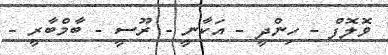
ވޮލޮފް - ހިންދީ - އަކާނީ - ރޫސީ - ބާމްބާރީ -